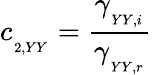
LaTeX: c_{_{_{2,YY}}}=\frac{\gamma_{_{_{YY,i}}}}{\gamma_{_{_{YY,r}}}}